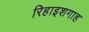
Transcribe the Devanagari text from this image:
रिहाइशगाह